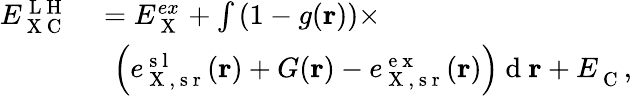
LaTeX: \begin{array}{rl}{E_{\mathrm{~X~C~}}^{\mathrm{~L~H~}}}&{{}=E_{\mathrm{~X~}}^{ex}+\int\left(1-g(\mathbf{r})\right)\times}\\ {\phantom{\sum}}&{{}\: \: \left(e_{\mathrm{~X~,~s~r~}}^{\mathrm{~s~l~}}(\mathbf{r})+G(\mathbf{r})-e_{\mathrm{~X~,~s~r~}}^{\mathrm{~e~x~}}(\mathbf{r})\right)\mathrm{~d~}\mathbf{r}+E_{\mathrm{~C~}}^{},}\end{array}